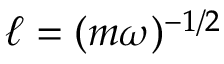
\ell = ( m \omega ) ^ { - 1 / 2 }